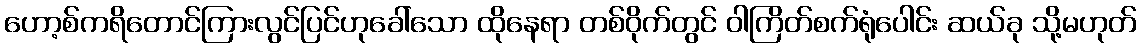
ဟော့စ်ကရိတောင်ကြားလွင်ပြင်ဟုခေါ်သော ထိုနေရာ တစ်ဝိုက်တွင် ဝါကြိတ်စက်ရုံပေါင်း ဆယ်ခု သို့မဟုတ်